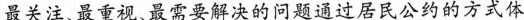
最关注、最重视 最需要解决的问题通过居民公约的方式体